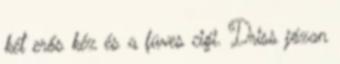
két erős kéz és a füves cigi. Driss józan